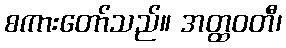
စကားတော်သည်။ အတ္ထဝတီ၊